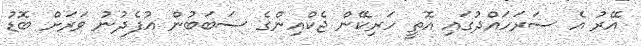
އޭރު އެ ސަރަހައްދުގައި އޮތީ ހަރިކޭން ޖެކްއިންގެ ސަބަބުން އުފެދުނު ވަރަށް ބޮޑު